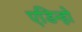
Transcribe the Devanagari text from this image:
एडिन्हो